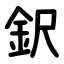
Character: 鈬